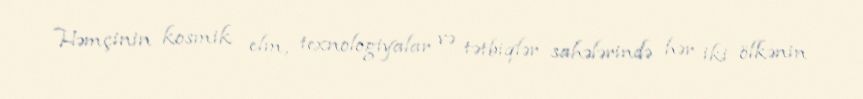
Həmçinin kosmik elm, texnologiyalar və tətbiqlər sahələrində hər iki ölkənin